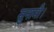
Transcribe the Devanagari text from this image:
सुनामी।